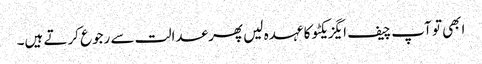
ابھی تو آپ چیف ایگزیکٹو کا عہدہ لیں پھر عدالت سے رجوع کرتے ہیں۔